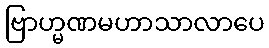
ဗြာဟ္မဏမဟာသာလာပေ